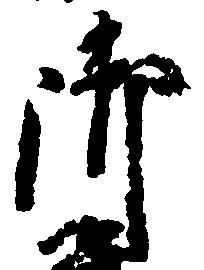
御